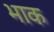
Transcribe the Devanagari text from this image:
भाक